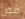
قص